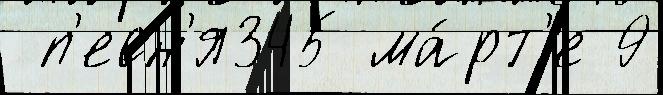
 п'есн'я345 ма́рт'е 9